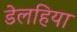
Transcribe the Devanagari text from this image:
डेलहिया